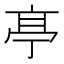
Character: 𠅘